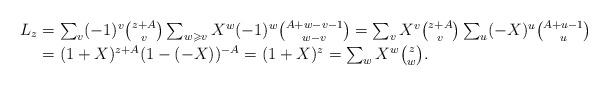
LaTeX: \begin{align*}\textstyle L_z & = \textstyle \smash{\sum_v (-1)^v {z+A \choose v} \sum_{w\geqslant v} X^w (-1)^{w} {A+w-v-1 \choose w-v} = \sum_v X^v {z+A \choose v} \sum_{u} (-X)^{u} {A+u-1 \choose u}} \\& = \textstyle \smash{(1 + X)^{z+A} (1-(-X))^{-A} = (1+X)^z = \sum_{w} X^w {z \choose w}}.\end{align*}